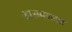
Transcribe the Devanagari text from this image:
शासनसत्‍ता